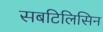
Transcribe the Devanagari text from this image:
सबटिलिसिन